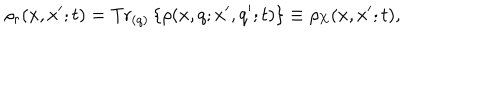
LaTeX: \rho _ { r } ( x , x ^ { \prime } ; t ) = \mathrm { T r } _ { ( q ) } \left\{ \rho ( x , q ; x ^ { \prime } , q ^ { \prime } ; t ) \right\} \equiv \rho _ { \mathrm { X } } ( x , x ^ { \prime } ; t ) ,